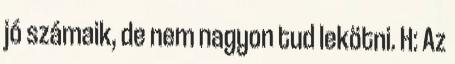
jó számaik, de nem nagyon tud lekötni. H: Az